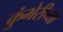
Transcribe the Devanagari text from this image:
कुंभेरीच्या